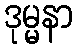
ဒုမ္မနာ